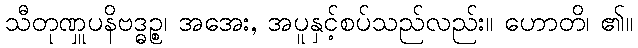
သီတုဏှူပနိဗဒ္ဓဉ္စ၊ အအေး, အပူနှင့်စပ်သည်လည်း။ ဟောတိ၊ ၏။